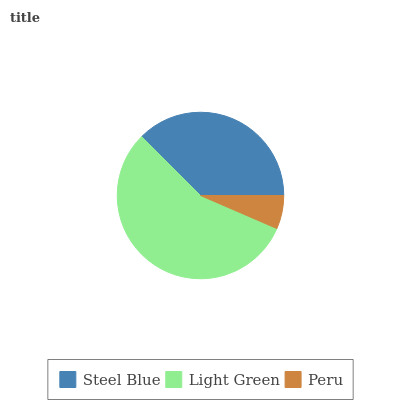
| Steel Blue | Light Green | Peru |
 | --- | --- | --- |
 | 37.5% | 56% | 6.49% |